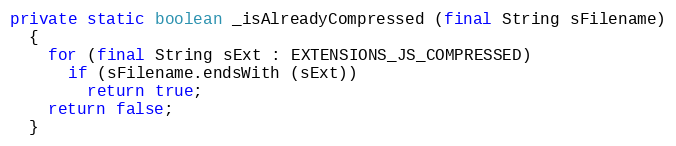
Language: Java
private static boolean _isAlreadyCompressed (final String sFilename)
  {
    for (final String sExt : EXTENSIONS_JS_COMPRESSED)
      if (sFilename.endsWith (sExt))
        return true;
    return false;
  }